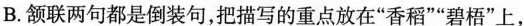
B.颔联两句都是倒装句，把描写的重点放在”香稻””碧梧”上，